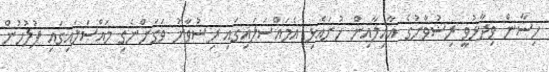
ހިސާން ވިދާޅުވީ ރިިޟުވާނުގެ އާއިލާއިން ހުށައެޅި އެމައްސަލައިގައި ރިޟުވާނު ވަގަށްނެގި މައްސަލައިގައި ފުލުހުން